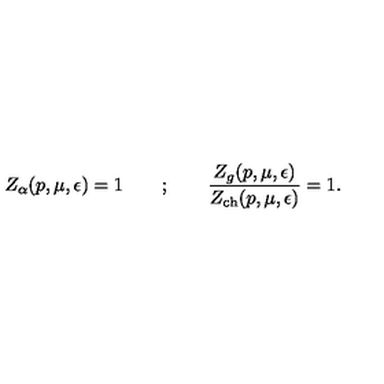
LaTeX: Z _ { \alpha } ( p , \mu , \epsilon ) = 1 \qquad ; \qquad \frac { Z _ { g } ( p , \mu , \epsilon ) } { Z _ { \mathrm { c h } } ( p , \mu , \epsilon ) } = 1 .